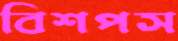
বিশপস